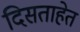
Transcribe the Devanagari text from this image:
दिसताहेत